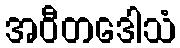
အဝီတဒေါသံ